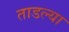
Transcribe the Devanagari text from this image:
ताडल्या